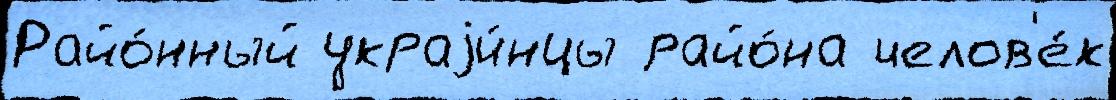
Райо́нный украjи́нцы райо́на челов'е́к